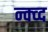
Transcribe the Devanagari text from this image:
न्क्व्द